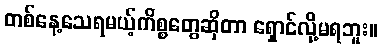
တစ်နေ့သေရမယ့်ကိစ္စတွေဆိုတာ ရှောင်လို့မရဘူး။